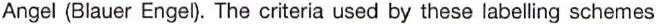
Angel (Blauer Engel). The criteria used by these labelling schemes